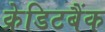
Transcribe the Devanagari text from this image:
क्रेडिटबैंक